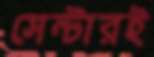
সেন্টারই